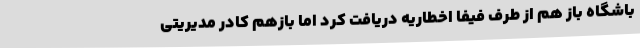
باشگاه باز هم از طرف فیفا اخطاریه دریافت کرد اما بازهم کادر مدیریتی